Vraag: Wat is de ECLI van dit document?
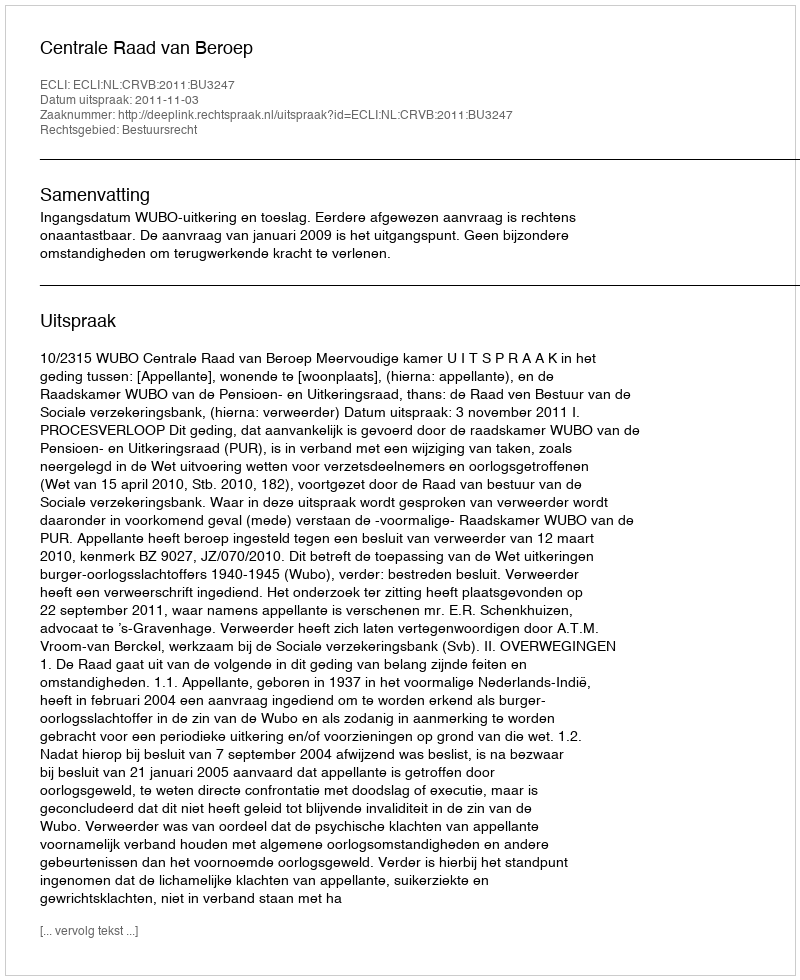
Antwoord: ECLI:NL:CRVB:2011:BU3247